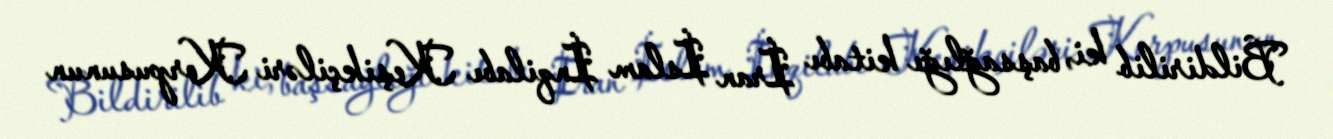
Bildirilib ki, başsağlığı kitabı İran İslam İnqilabı Keşikçiləri Korpusunun